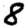
Digit: 8